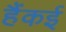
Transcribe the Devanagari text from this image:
हैंकई